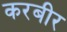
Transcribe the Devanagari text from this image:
करबीर